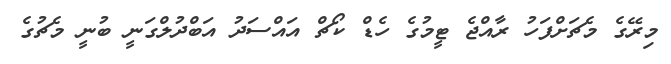
މިރޭގެ މެޗަށްފަހު ރާއްޖެ ޓީމުގެ ހެޑް ކޯޗް އައްސަދު އަބްދުލްގަނީ ބުނީ މެޗުގެ